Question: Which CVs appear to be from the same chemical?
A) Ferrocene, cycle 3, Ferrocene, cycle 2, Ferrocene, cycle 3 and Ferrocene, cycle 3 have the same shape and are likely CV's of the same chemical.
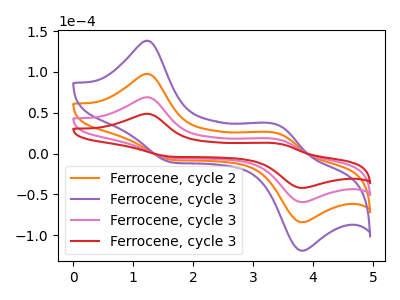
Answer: <think>The orange curve "Ferrocene, cycle 2" has anodic peaks at (1.20V, 138.05uA) (3.40V, 35.80uA) and cathodic peaks at (1.70V, -10.95uA) (3.85V, -118.65uA). The purple curve "Ferrocene, cycle 3" has anodic peaks at (1.20V, 207.10uA) (3.40V, 53.70uA) and cathodic peaks at (1.70V, -16.40uA) (3.85V, -177.95uA). The pink curve "Ferrocene, cycle 3" has anodic peaks at (1.20V, 69.05uA) (3.40V, 17.90uA) and cathodic peaks at (1.70V, -5.45uA) (3.85V, -59.30uA). The red curve "Ferrocene, cycle 3" has anodic peaks at (1.20V, 48.80uA) (3.40V, 12.65uA) and cathodic peaks at (1.70V, -3.85uA) (3.85V, -41.95uA).
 All the peaks in "Ferrocene, cycle 2" have a peak in "Ferrocene, cycle 3" at the same potential. Every peak in "Ferrocene, cycle 2" is lower than every peak in "Ferrocene, cycle 3". All the peaks in "Ferrocene, cycle 2" have a peak in "Ferrocene, cycle 3" at the same potential. Every peak in "Ferrocene, cycle 2" is higher than every peak in "Ferrocene, cycle 3". All the peaks in "Ferrocene, cycle 2" have a peak in "Ferrocene, cycle 3" at the same potential. Every peak in "Ferrocene, cycle 2" is higher than every peak in "Ferrocene, cycle 3". All the peaks in "Ferrocene, cycle 3" have a peak in "Ferrocene, cycle 3" at the same potential. Every peak in "Ferrocene, cycle 3" is higher than every peak in "Ferrocene, cycle 3". All the peaks in "Ferrocene, cycle 3" have a peak in "Ferrocene, cycle 3" at the same potential. Every peak in "Ferrocene, cycle 3" is higher than every peak in "Ferrocene, cycle 3". All the peaks in "Ferrocene, cycle 3" have a peak in "Ferrocene, cycle 3" at the same potential. Every peak in "Ferrocene, cycle 3" is higher than every peak in "Ferrocene, cycle 3".</think>
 <answer>A) "Ferrocene, cycle 3", "Ferrocene, cycle 2", "Ferrocene, cycle 3" and "Ferrocene, cycle 3" have the same shape and are likely CV's of the same chemical.</answer>
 <eval>A</eval>